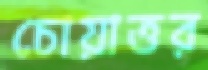
চোয়াত্তর